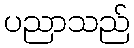
ပညာသည်